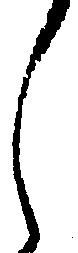
し